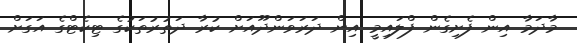
މާދަމާ އިން ފެށިގެން ފްލައިމީ އިން ދަރަވަންދޫއަށް ކުރާ ދަތުރުތަކުގެ ޓިކެޓްގެ އަގަށް